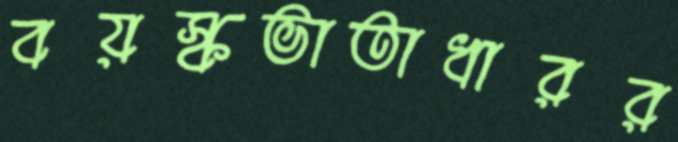
বয়স্কভাতাধারর